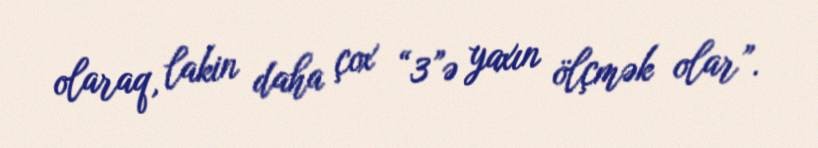
olaraq, lakin daha çox “3”ə yaxın ölçmək olar”.